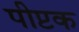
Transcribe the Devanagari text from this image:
पीप्टक